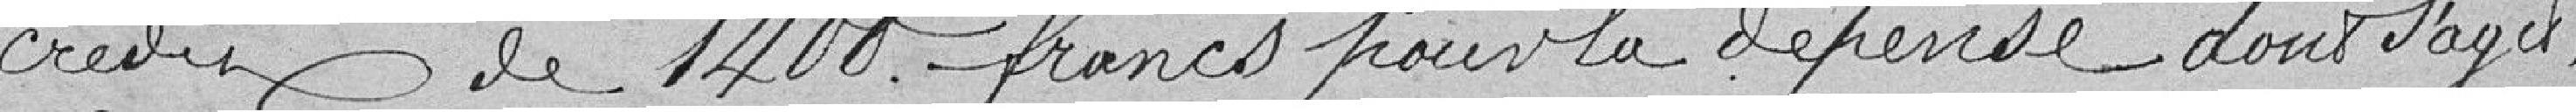
crédit de 1400 francs pour la dépense dont s'agit :